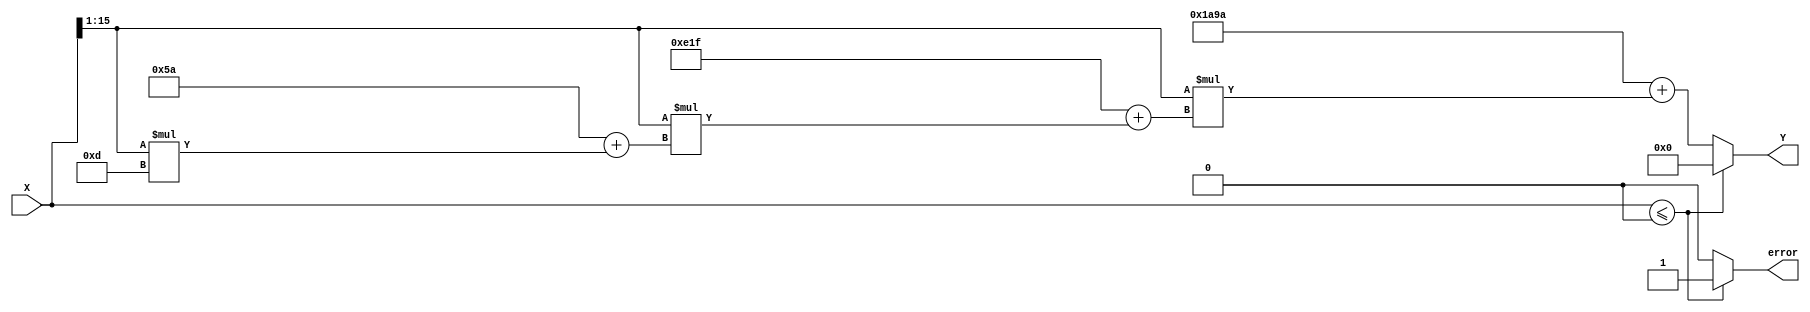
module polynomial_reciprocal (
    input wire [15:0] X,      // Input value (fixed-point representation)
    output reg [15:0] Y,      // Output reciprocal (fixed-point representation)
    output reg error          // Error signal for invalid input
);

    // Polynomial coefficients (example values for approximation)
    parameter C0 = 16'h1A9A;  // Coefficient for x^0
    parameter C1 = 16'hE1F;   // Coefficient for x^1
    parameter C2 = 16'h5A;    // Coefficient for x^2
    parameter C3 = 16'h0D;    // Coefficient for x^3

    // Internal signals
    reg [15:0] norm_X;        // Normalized input
    reg [15:0] poly_result;   // Result of polynomial evaluation
    reg [15:0] scaled_result;  // Scaled result

    // Normalization constants
    parameter NORM_MIN = 16'h8000; // 0.5 in fixed-point
    parameter NORM_MAX = 16'hFFFF; // 1.0 in fixed-point

    always @(*) begin
        // Input validation
        if (X <= 0) begin
            error = 1'b1; // Output error if input is zero or negative
            Y = 16'h0000; // Predefined output value for error
        end else begin
            error = 1'b0; // No error

            // Normalize input to [0.5, 1.0]
            norm_X = X >> 1; // Example normalization for range [0.5, 1.0]

            // Polynomial evaluation using Horner's method
            poly_result = C0 + norm_X * (C1 + norm_X * (C2 + norm_X * C3));

            // Scaling back to original range
            scaled_result = poly_result; // Adjust scaling as needed

            // Assigning output
            Y = scaled_result;
        end
    end

endmodule